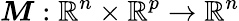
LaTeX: \boldsymbol{M}:\mathbb{R}^{n}\times\mathbb{R}^{p}\to\mathbb{R}^{n}